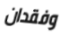
وفقدان